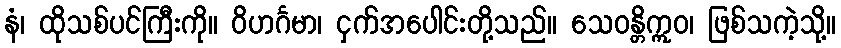
နံ၊ ထိုသစ်ပင်ကြီးကို။ ဝိဟင်္ဂမာ၊ ငှက်အပေါင်းတို့သည်။ သေဝန္တိဣဝ၊ ဖြစ်သကဲ့သို့။